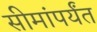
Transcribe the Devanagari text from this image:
सीमांपर्यंत